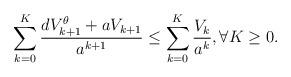
LaTeX: \begin{align*}\sum_{k=0}^K\frac{d V_{k+1}^\theta +a V_{k+1}}{a^{k+1}}\leq \sum_{k=0}^K\frac{V_k}{a^k},\forall K\geq 0.\end{align*}